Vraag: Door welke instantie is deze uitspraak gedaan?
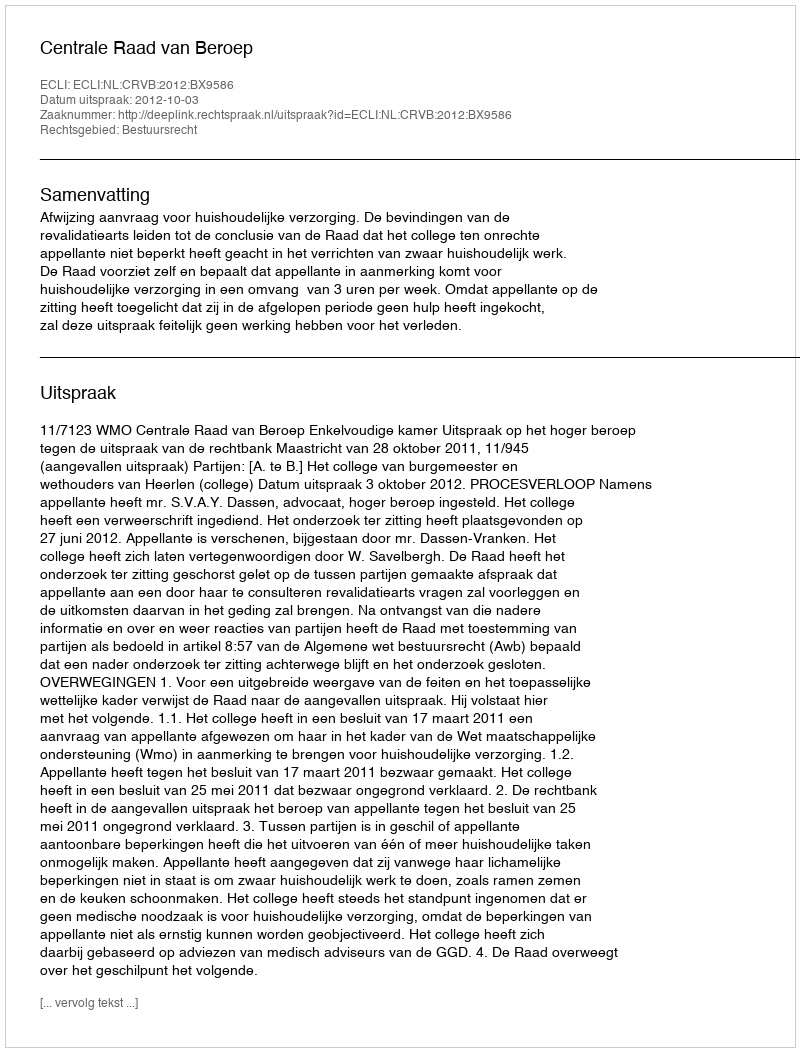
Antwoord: Centrale Raad van Beroep